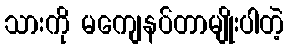
သားကို မကျေနပ်တာမျိုးပါတဲ့